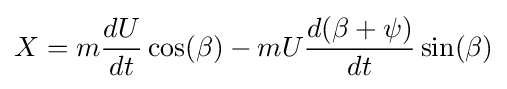
X=m{\frac {dU}{dt}}\cos(\beta )-mU{\frac {d(\beta +\psi )}{dt}}\sin(\beta )